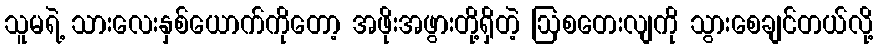
သူမရဲ့ သားလေးနှစ်ယောက်ကိုတော့ အဖိုးအဖွားတို့ရှိတဲ့ ဩစတေးလျကို သွားစေချင်တယ်လို့